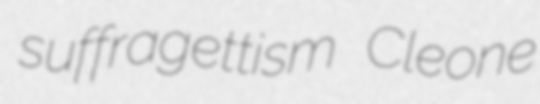
suffragettism Cleone